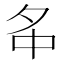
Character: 𡖌